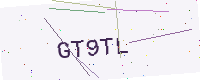
Text: GT9TL